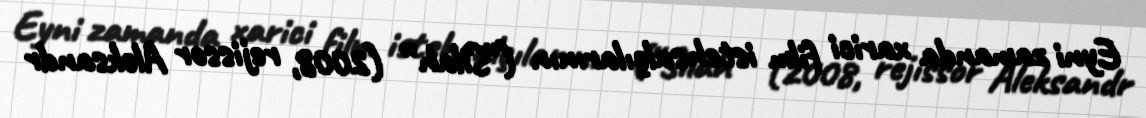
Eyni zamanda xarici film istehsalçılarının (“Silah” (2008, rejissor Aleksandr